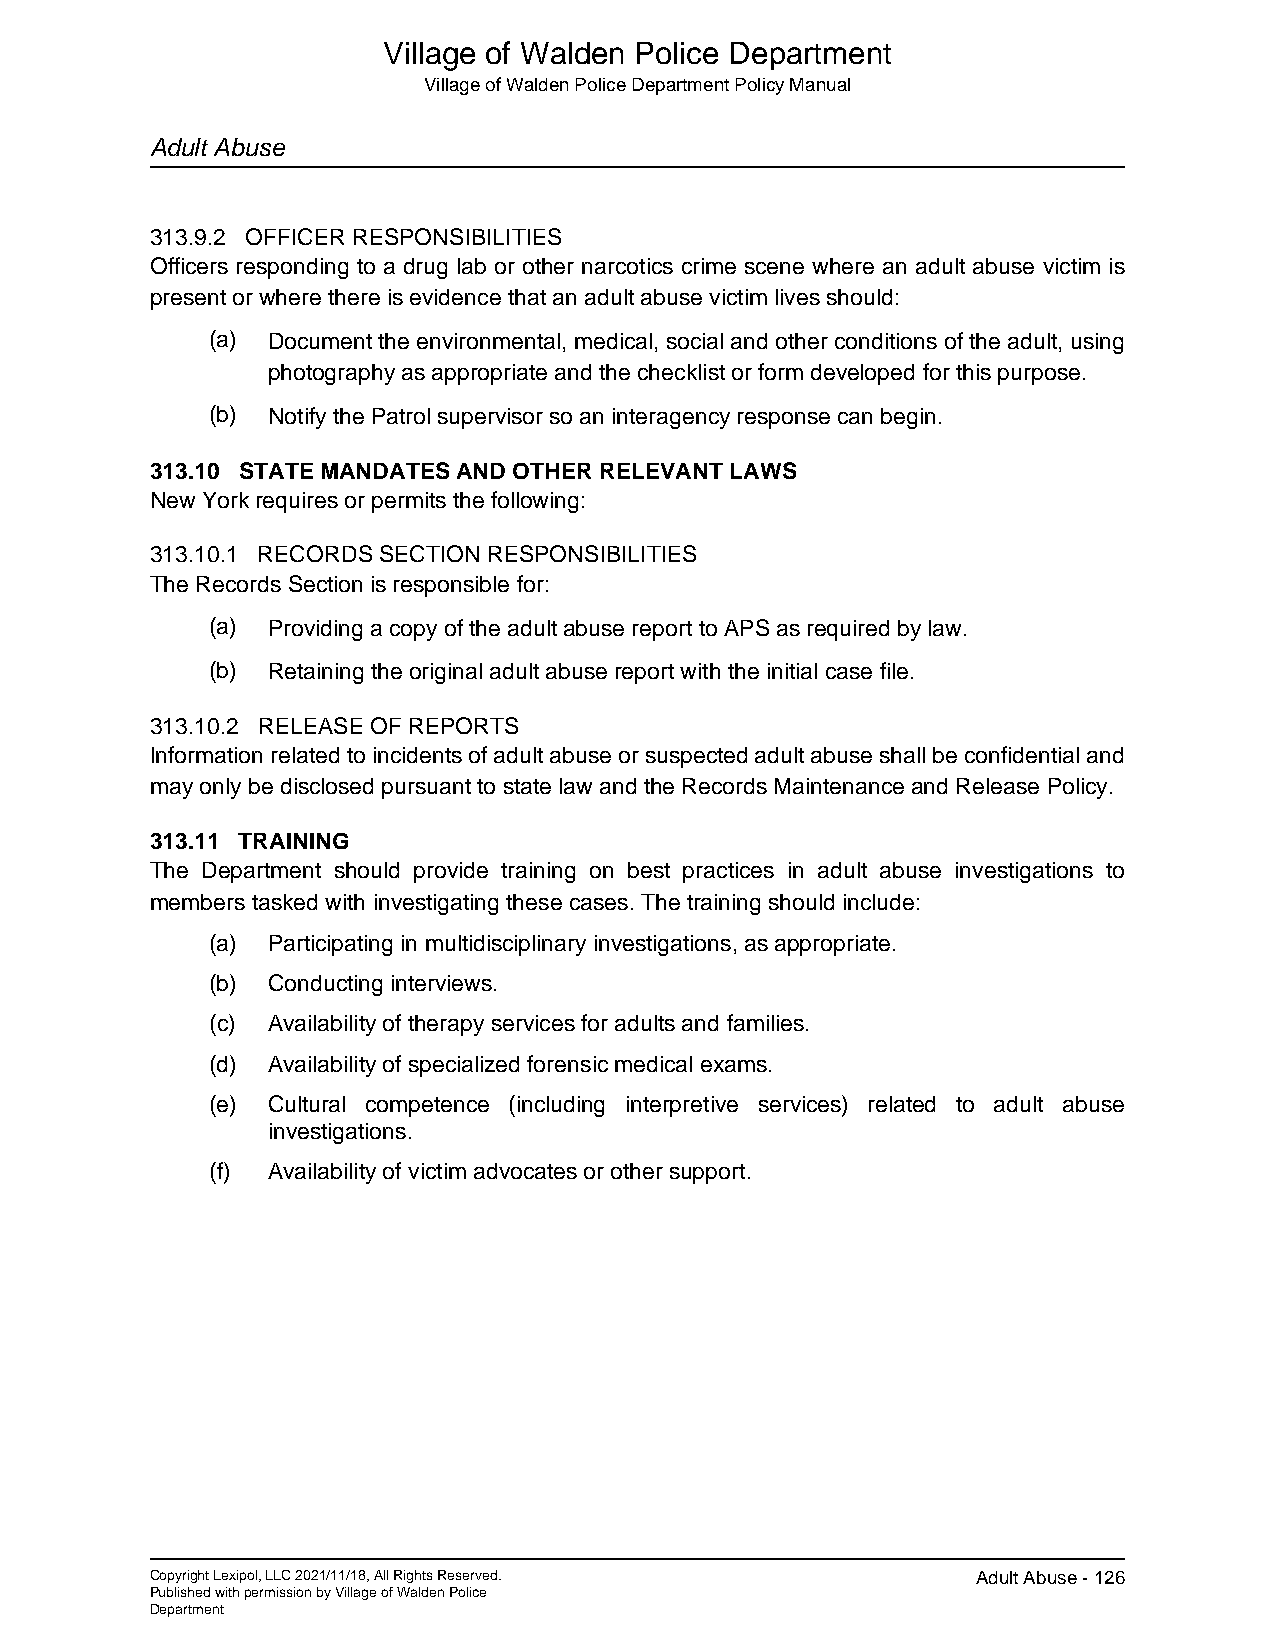
Village of Walden Police Department
 Village of Walden Police Department Policy Manual
 Adult Abuse
 313.9.2 OFFICER RESPONSIBILITIES
 Officers responding to a drug lab or other narcotics crime scene where an adult abuse victim is
 present or where there is evidence that an adult abuse victim lives should:
 (a) Document the environmental, medical, social and other conditions of the adult, using
 photography as appropriate and the checklist or form developed for this purpose.
 (b) Notify the Patrol supervisor so an interagency response can begin.
 313.10 STATE MANDATES AND OTHER RELEVANT LAWS
 New York requires or permits the following:
 313.10.1 RECORDS SECTION RESPONSIBILITIES
 The Records Section is responsible for:
 (a) Providing a copy of the adult abuse report to APS as required by law.
 (b) Retaining the original adult abuse report with the initial case file.
 313.10.2 RELEASE OF REPORTS
 Information related to incidents of adult abuse or suspected adult abuse shall be confidential and
 may only be disclosed pursuant to state law and the Records Maintenance and Release Policy.
 313.11 TRAINING
 The Department should provide training on best practices in adult abuse investigations to
 members tasked with investigating these cases. The training should include:_
 (a) Participating in multidisciplinary investigations, as appropriate.
 (b) Conducting interviews.
 (c) Availability of therapy services for adults and families.
 (d) Availability of specialized forensic medical exams.
 (e) Cultural competence (including interpretive services) related to adult abuse
 investigations.
 (f) Availability of victim advocates or other support.
 Copyright Lexipol, LLC 2021/11/18, All Rights Reserved. Adult Abuse - 126
 Published with permission by Village of Walden Police
 Department